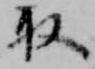
取